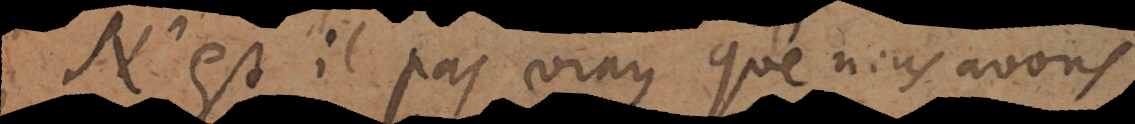
N’est il pas vray que nous avons